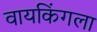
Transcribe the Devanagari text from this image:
वायकिंगला